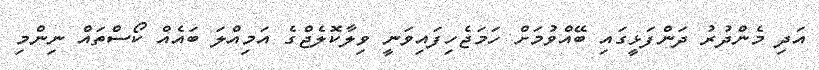
އަދި މެންދުރު ދަންފަޅީގައި ބޭއްވުމަށް ހަމަޖެހިފައިވަނީ ވިލާކޮލެޖްގެ އަމިއްލަ ބައެއް ކޯސްތައް ނިންމި